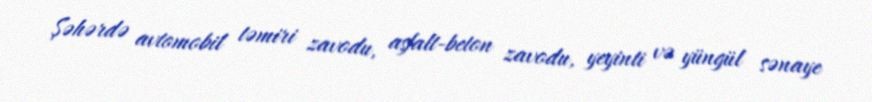
Şəhərdə avtomobil təmiri zavodu, asfalt-beton zavodu, yeyinti və yüngül sənaye